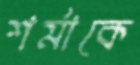
শর্মাকে